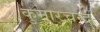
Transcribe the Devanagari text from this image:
कुमारचन्द्र